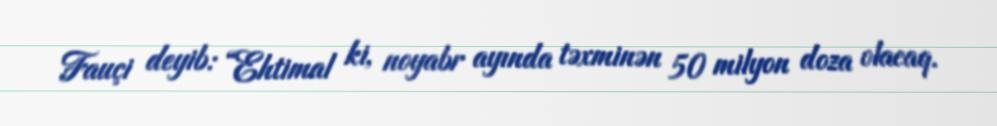
Fauçi deyib: “Ehtimal ki, noyabr ayında təxminən 50 milyon doza olacaq.